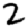
Digit: 2